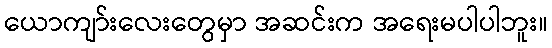
ယောကျာ်းလေးတွေမှာ အဆင်းက အရေးမပါပါဘူး။